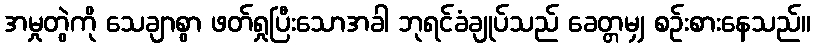
အမှုတွဲကို သေချာစွာ ဖတ်ရှုပြီးသောအခါ ဘုရင်ခံချုပ်သည် ခေတ္တမျှ စဉ်းစားနေသည်။